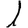
Digit: 1